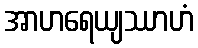
အာဟရေယျဿာဟံ